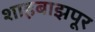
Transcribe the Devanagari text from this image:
शाहबाझपूर